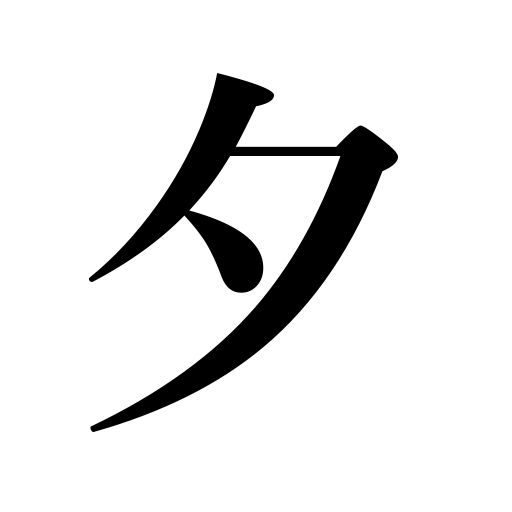
Meanings: evening